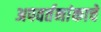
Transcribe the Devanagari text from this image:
अपवर्तनांकाचे